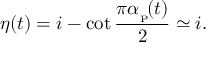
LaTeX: \eta ( t ) = i - \cot \frac { \pi \alpha _ { _ \mathrm { { P } } } \! ( t ) } { 2 } \simeq i .